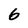
Character: 6